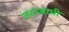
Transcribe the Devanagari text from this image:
तटाआधी